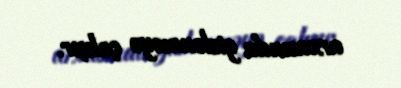
arxasında gizlənməyə çalışır.